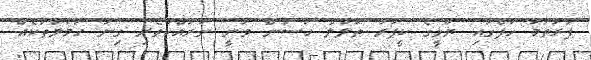
ފުރަތަމަ ހާފްގައި ޔޫވީގެ ކީޕަރު ތޮލާލް ހަސަން ވަނީ ނުރައްކާތެރި ގިނަ ހަމަލާތަކެއް